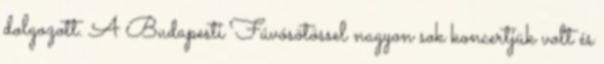
dolgozott. A Budapesti Fúvósötössel nagyon sok koncertjük volt és